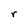
Character: r